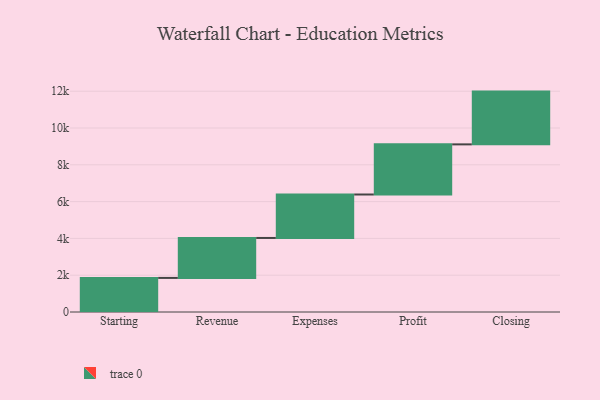
{"axis": {"x": "Step", "y": "Value"}, "legend": [""], "data": [{"x": "Starting", "y": 1853.0, "type": ""}, {"x": "Revenue", "y": 2171.0, "type": ""}, {"x": "Expenses", "y": 2362.0, "type": ""}, {"x": "Profit", "y": 2725.0, "type": ""}, {"x": "Closing", "y": 2868.0, "type": ""}]}